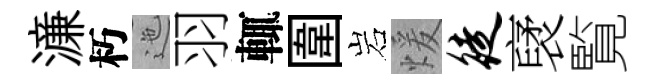
濓朽迤羽輒圍岩煖徒裦覧